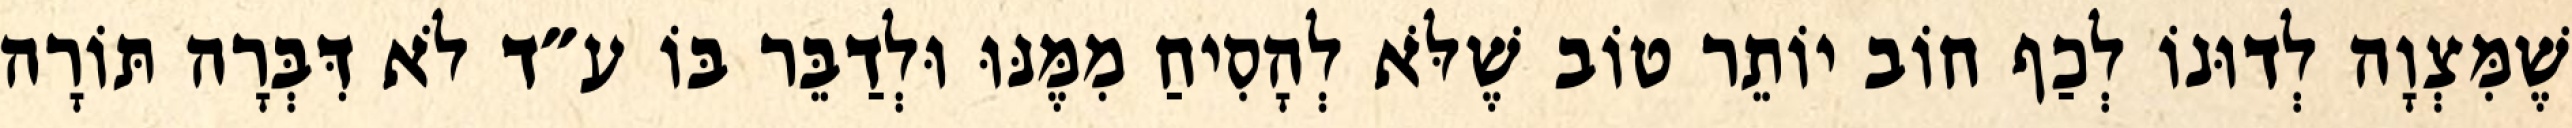
שֶׁמִּצְוָה לְדוּנוֹ לְכַף חוֹב יוֹתֵר טוֹב שֶׁלֹּא לְהָסִיחַ מִמֶּנּוּ וּלְדַבֵּר בּוֹ ע״ד לֹא דִּבְּרָה תּוֹרָה